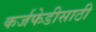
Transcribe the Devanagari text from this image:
कर्जफेडीसाठी